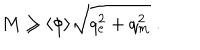
M \geq \langle \phi \rangle \sqrt { q _ { e } ^ { 2 } + q _ { m } ^ { 2 } } \ .